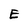
Character: E